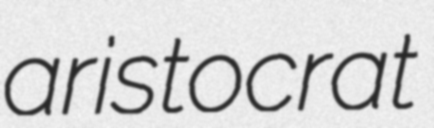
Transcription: aristocrat